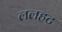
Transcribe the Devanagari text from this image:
ललहट